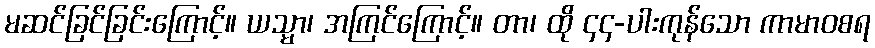
မဆင်ခြင်ခြင်းကြောင့်။ ယသ္မာ၊ အကြင်ကြောင့်။ တာ၊ ထို ၄၄-ပါးကုန်သော ကာမာဝစရ